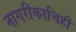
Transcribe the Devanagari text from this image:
नागरीकाचिही